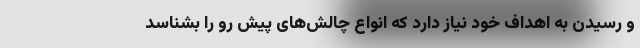
و رسیدن به اهداف خود نیاز دارد که انواع چالش‌های پیش رو را بشناسد